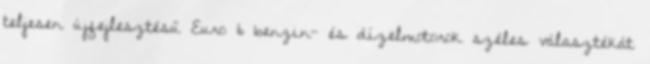
teljesen újfejlesztésű Euro 6 benzin- és dízelmotorok széles választékát